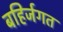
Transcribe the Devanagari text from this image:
बहिर्जगत